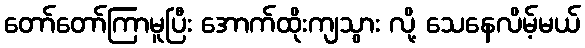
တော်တော်ကြာမူပြီး အောက်ထိုးကျသွား လို့ သေနေလိမ့်မယ်